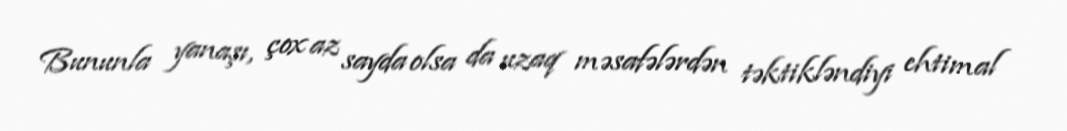
Bununla yanaşı, çox az sayda olsa da uzaq məsafələrdən təktikləndiyi ehtimal